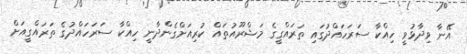
އޭނާ ވިދާޅުވީ ހިއްކާ ސަރަހައްދުގައި ތަރައްގީގެ މަޝްރޫއުތައް ކުރިއަށްގެންދާނީ ހިއްކާ ސަރަހައްދުގެ ތަރައްގީއަށް